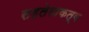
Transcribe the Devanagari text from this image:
सहलेखकत्व